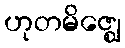
ဟုတမိဇ္ဈေ